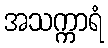
အသက္ကာရံ